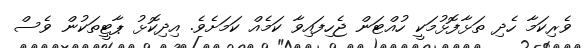
ވެރިކަމާ ހެދި ތަޅާފޮޅުމަކީ ހުއްޓަން ޖެހިފައިވާ ކަމެއް ކަމަށެވެ. އިދިކޮޅު ޕާޓީތަކުން ވެސް